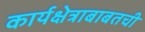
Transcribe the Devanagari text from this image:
कार्यक्षेत्राबाबतची